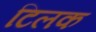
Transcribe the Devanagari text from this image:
टिलक